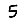
Digit: 5